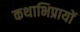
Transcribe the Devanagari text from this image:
कथाभिप्रायों